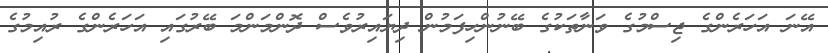
އޭނަ އަހަރެންގެ ޖިސްމުގެ ވަނާތަކުގެ ބޭނުންހިފަމުން ދިޔައިރުވެސް ދޮންމަންމަ ބޭރުގައި އަހަރެންގެ ރުއިމުގެ